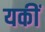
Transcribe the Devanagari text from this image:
यकीं